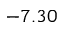
- 7 . 3 0